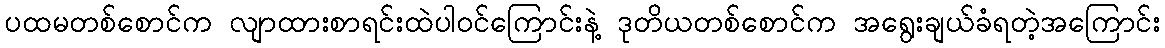
ပထမတစ်စောင်က လျာထားစာရင်းထဲပါဝင်ကြောင်းနဲ့ ဒုတိယတစ်စောင်က အရွေးချယ်ခံရတဲ့အကြောင်း